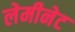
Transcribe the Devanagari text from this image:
लेमीनेट